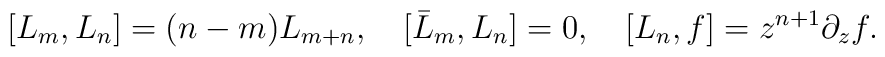
[L_m,L_n]=(n-m)L_{m+n},\quad [\bar L_m,L_n]=0, \quad [L_n,f]=z^{n+1}\partial_zf.